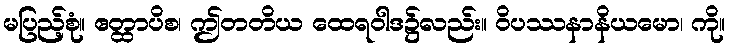
မပြည့်စုံ။ ဧတ္ထာပိစ၊ ဤတတိယ ထေရဝါဒ၌လည်း။ ဝိပဿနာနိယမော၊ ကို။